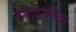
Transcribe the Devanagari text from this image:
त्रयोदशीचा